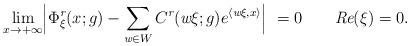
LaTeX: \begin{align*}\lim_{x\to +\infty} \Bigl| \Phi^{\emph{r}}_{\xi }(x;g)-\sum_{\emph{w}\in W} C^{\emph{r}}(\emph{w}\xi;g) e^{\langle \emph{w}\xi, x\rangle}\Bigr| =0\quad\quad\emph{Re}(\xi)=0.\end{align*}